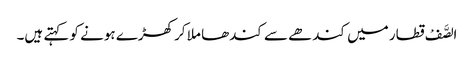
الصَّفْ قطار میں کندھے سے کندھا ملا کر کھڑے ہونے کو کہتے ہیں۔